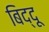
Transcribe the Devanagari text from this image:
बिद्दू